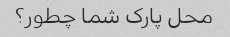
محل پارک شما چطور؟